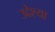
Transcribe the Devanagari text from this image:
उद्देश्या